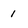
Character: 1